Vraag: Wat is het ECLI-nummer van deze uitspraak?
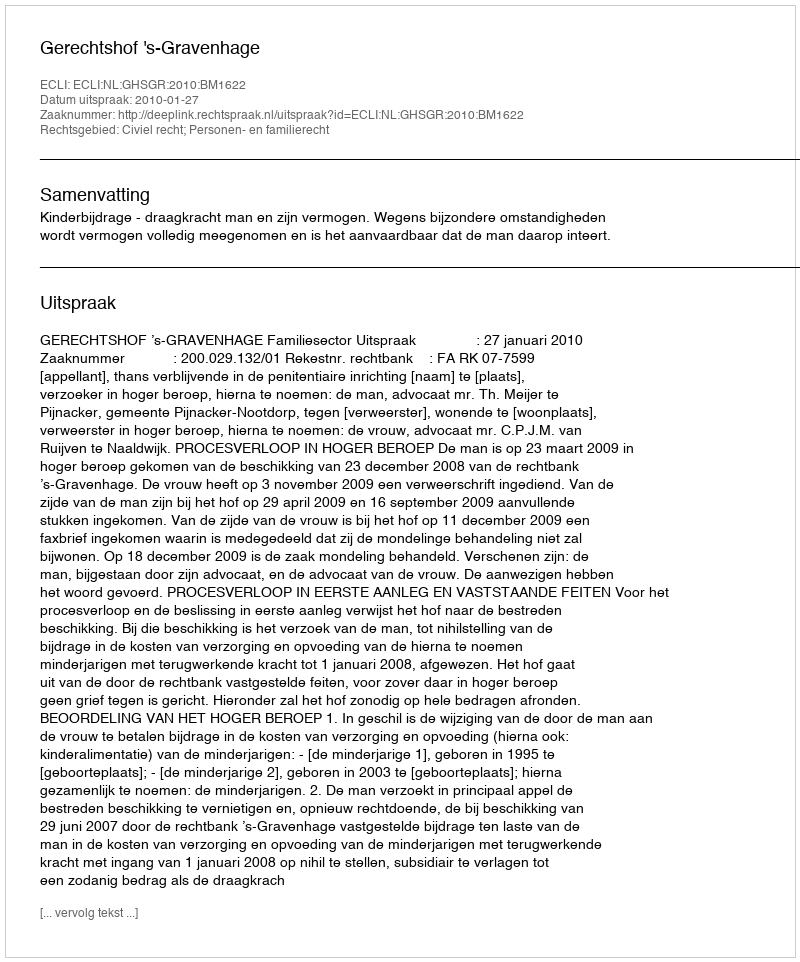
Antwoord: ECLI:NL:GHSGR:2010:BM1622